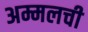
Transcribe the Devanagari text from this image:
अम्मलची